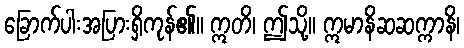
ခြောက်ပါးအပြားရှိကုန်၏။ ဣတိ၊ ဤသို့။ ဣမာနိဆဆက္ကာနိ၊